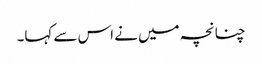
چنانچہ میں نے اس سے کہا۔